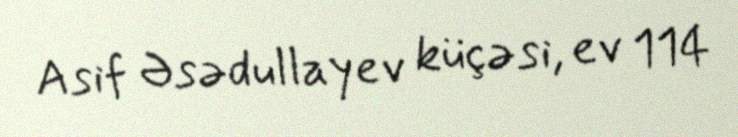
Asif Əsədullayev küçəsi, ev 114